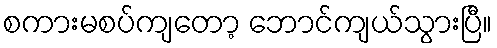
စကားမစပ်ကျတော့ ဘောင်ကျယ်သွားပြီ။